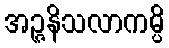
အဉ္ဇနိသလာကမ္ပိ